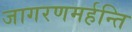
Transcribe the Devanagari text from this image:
जागरणमर्हन्ति